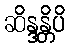
ဆိန္ဒန္တိပိ